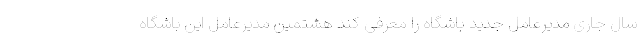
سال جاری مدیرعامل جدید باشگاه را معرفی کند هشتمین مدیرعامل این باشگاه